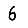
Digit: 6